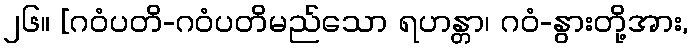
၂၆။ [ဂဝံပတိ-ဂဝံပတိမည်သော ရဟန္တာ၊ ဂဝံ-နွားတို့အား,